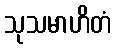
သုသမာဟိတံ